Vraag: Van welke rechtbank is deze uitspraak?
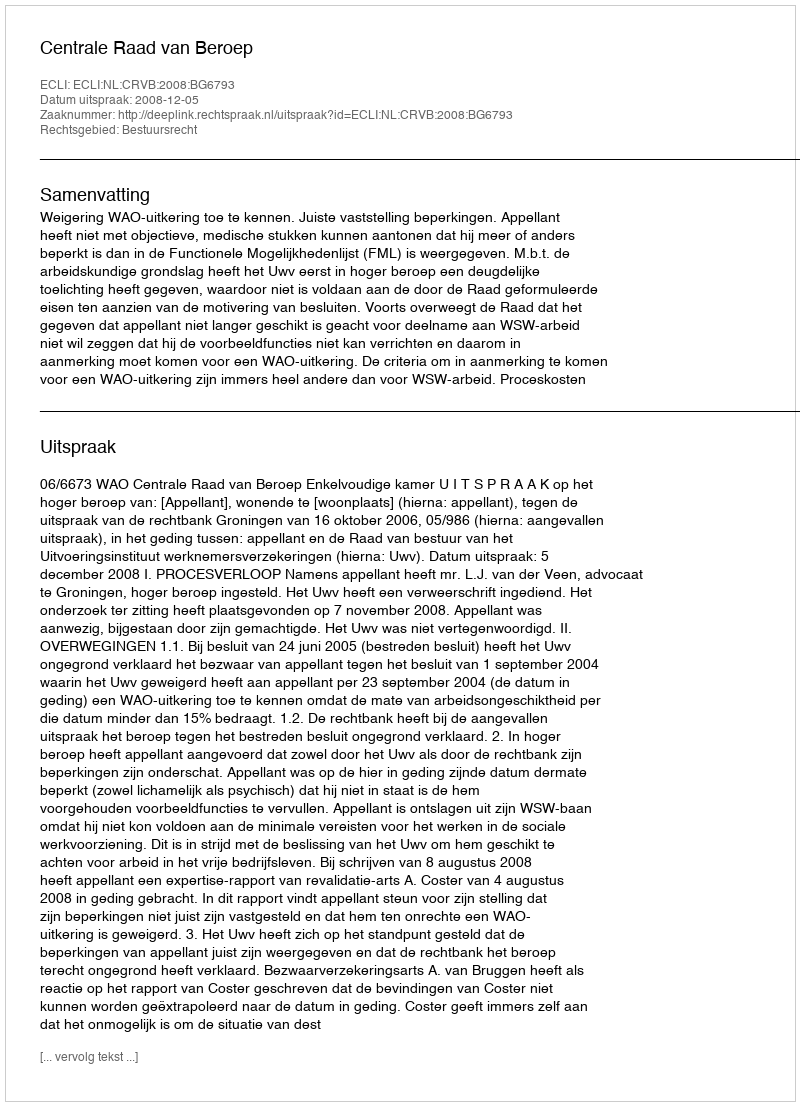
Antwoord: Centrale Raad van Beroep